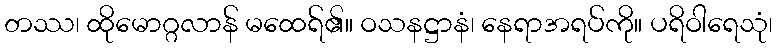
တဿ၊ ထိုမောဂ္ဂလာန် မထေရ်၏။ ဝသနဋ္ဌာနံ၊ နေရာအရပ်ကို။ ပရိဝါရေသုံ၊